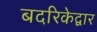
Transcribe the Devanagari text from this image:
बदरिकेद्वार